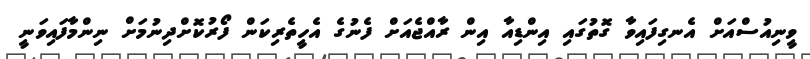
ވީނިއުސްއަށް އެނގިފައިވާ ގޮތުގައި އިންޑިއާ އިން ރާއްޖެއަށް ފެނުގެ އެހީތެރިކަން ފޯރުކޮށްދިނުމަށް ނިންމާފައިވަނީ